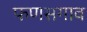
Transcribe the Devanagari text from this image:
फणसगाव